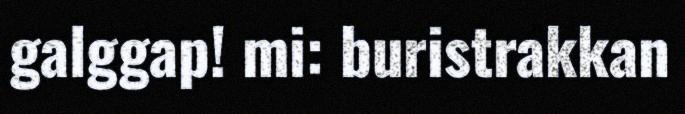
galggap! mi: buristrakkan